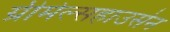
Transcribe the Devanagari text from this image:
ग्रीमेल्सहाउसेन